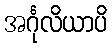
အင်္ဂုလိယာပိ